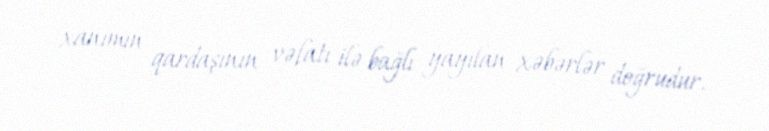
xanımın qardaşının vəfatı ilə bağlı yayılan xəbərlər doğrudur.